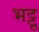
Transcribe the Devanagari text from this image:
भट्टू